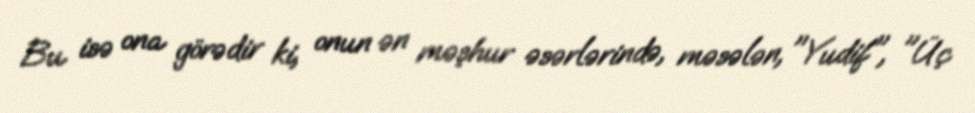
Bu isə ona görədir ki, onun ən məşhur əsərlərində, məsələn, "Yudif", "Üç